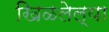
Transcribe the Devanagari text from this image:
खिळलेल्या